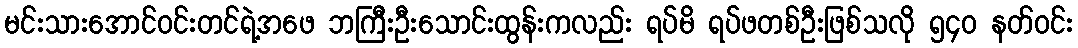
မင်းသားအောင်ဝင်းတင်ရဲ့အဖေ ဘကြီးဦးသောင်းထွန်းကလည်း ရပ်မိ ရပ်ဖတစ်ဦးဖြစ်သလို ၅၄ဝ နတ်ဝင်း